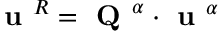
\textbf { u } ^ { R } = \textbf { Q } ^ { \alpha } \cdot \textbf { u } ^ { \alpha }